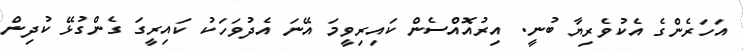
އަހަރެންގެ އެކުވެރިޔާ ބުނީ. އިރުއޮއްސެން ކައިރިވީމަ އޭނަ އެދުވަހަކު ކައިރީގަ ގެންގުޅޭ ކުދިން